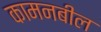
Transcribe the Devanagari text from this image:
कामनबील